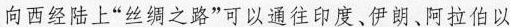
向西经陆上”丝绸之路”可以通往印度、伊朗、阿拉伯以